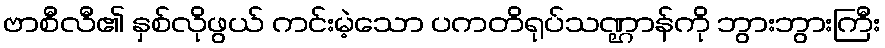
ဗာစီလီ၏ နှစ်လိုဖွယ် ကင်းမဲ့သော ပကတိရုပ်သဏ္ဌာန်ကို ဘွားဘွားကြီး